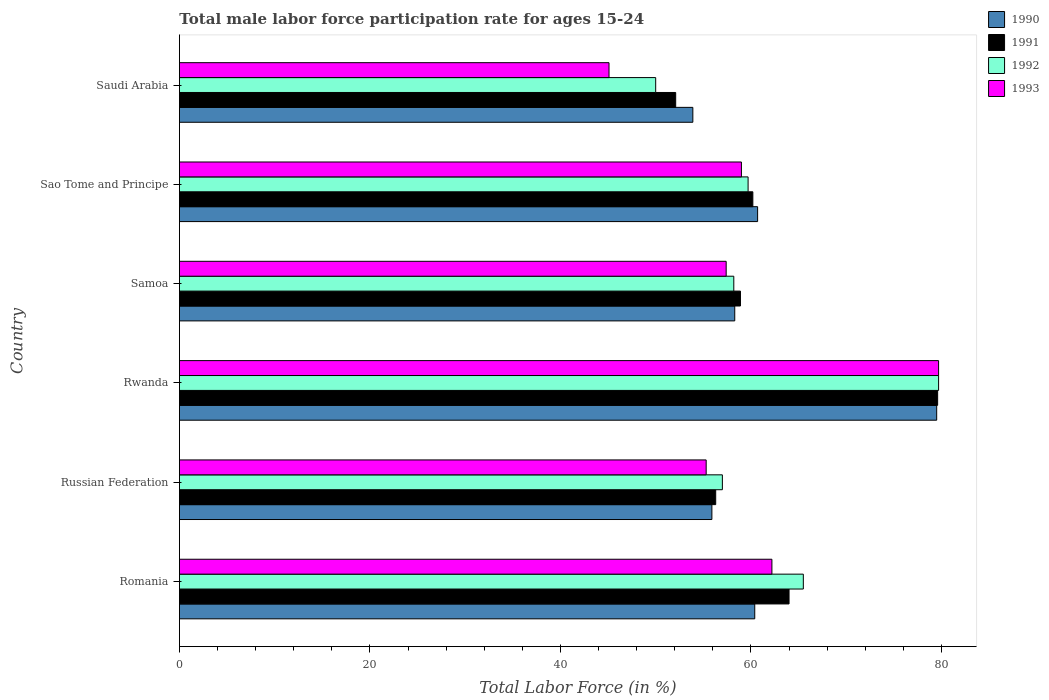
| Country | 1990 | 1991 | 1992 | 1993 |
 | --- | --- | --- | --- | --- |
 | Romania | 60.4 | 64 | 65.5 | 62.2 |
 | Russian Federation | 55.9 | 56.3 | 57 | 55.3 |
 | Rwanda | 79.5 | 79.6 | 79.7 | 79.7 |
 | Samoa | 58.3 | 58.9 | 58.2 | 57.4 |
 | Sao Tome and Principe | 60.7 | 60.2 | 59.7 | 59 |
 | Saudi Arabia | 53.9 | 52.1 | 50 | 45.1 |